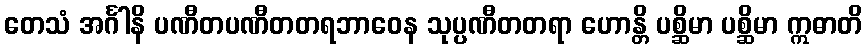
တေသံ အင်္ဂါနိ ပဏီတပဏီတတရဘာဝေန သုပ္ပဏီတတရာ ဟောန္တိ ပစ္ဆိမာ ပစ္ဆိမာ ဣဓာတိ